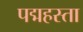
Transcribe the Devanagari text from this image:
पद्महस्ता